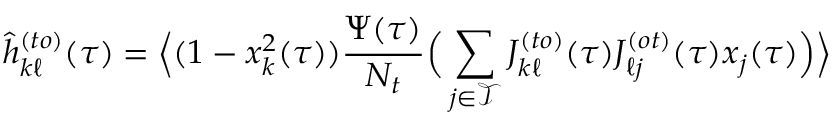
\hat { h } _ { k \ell } ^ { ( t o ) } ( \tau ) = \Big \langle ( 1 - x _ { k } ^ { 2 } ( \tau ) ) \frac { \Psi ( \tau ) } { N _ { t } } \Big ( \sum _ { j \in \mathcal { T } } J _ { k \ell } ^ { ( t o ) } ( \tau ) J _ { \ell j } ^ { ( o t ) } ( \tau ) x _ { j } ( \tau ) \Big ) \Big \rangle \,